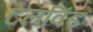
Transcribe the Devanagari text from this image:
टेलविंड